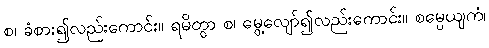
စ၊ ခံစား၍လည်းကောင်း။ ရမိတွာ စ၊ မွေ့လျော်၍လည်းကောင်း။ စမ္ပေယျကံ၊